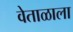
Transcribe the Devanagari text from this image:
वेताळाला